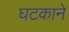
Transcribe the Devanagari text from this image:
घटकाने